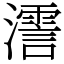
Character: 𤁳